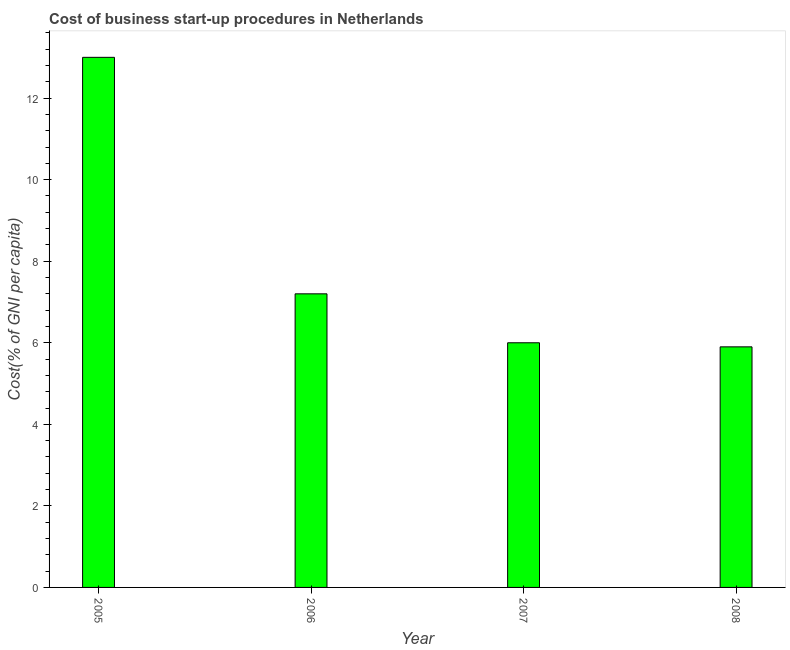
| Year | Cost |
 | --- | --- |
 | 2005 | 13 |
 | 2006 | 7.2 |
 | 2007 | 6 |
 | 2008 | 5.9 |